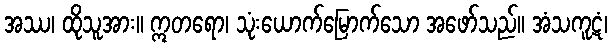
အဿ၊ ထိုသူအား။ ဣတရော၊ သုံးယောက်မြောက်သော အဖော်သည်။ အံသကူဋံ၊